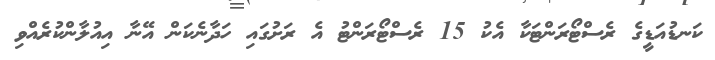
ކަނޑުއަޑީގެ ރެސްޓޯރަންޓަކާ އެކު 15 ރެސްޓޯރަންޓު އެ ރަށުގައި ހަދާނެކަން އޭނާ އިއުލާންކުރެއްވި